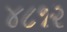
૪૮૧૨